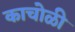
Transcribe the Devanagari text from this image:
काचोळी